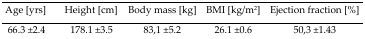
<table><thead><tr><td><b>Age [yrs]</b></td><td><b>Height [cm]</b></td><td><b>Body mass [kg]</b></td><td><b>BMI [kg/m<sup>2</sup>]</b></td><td><b>Ejection fraction [%]</b></td></tr></thead><tbody><tr><td>66.3 ±2.4</td><td>178.1 ±3.5</td><td>83,1 ±5.2</td><td>26.1 ±0.6</td><td>50,3 ±1.43</td></tr></tbody></table>